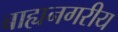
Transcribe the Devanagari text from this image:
बाह्यनगरीय